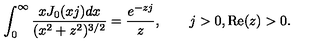
\int _ { 0 } ^ { \infty } \frac { x J _ { 0 } ( x j ) d x } { ( x ^ { 2 } + z ^ { 2 } ) ^ { 3 / 2 } } = \frac { e ^ { - z j } } { z } , \qquad j > 0 , \mathrm { R e } ( z ) > 0 .